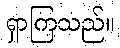
ရှာကြသည်။